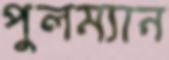
পুলম্যান